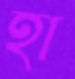
হা